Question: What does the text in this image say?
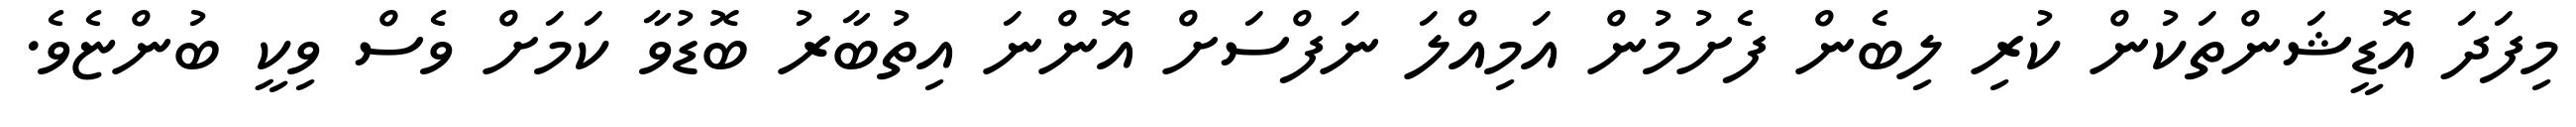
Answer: މިފަދަ އޮޑީޝަންތަކުން ކުރި ލިބެން ފެށުމުން އަމިއްލަ ނަފްސަށް އޮންނަ އިތުބާރު ބޮޑުވާ ކަމަށް ވެސް ވިކީ ބުންޏެވެ.